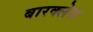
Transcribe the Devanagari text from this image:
बारक्लेस